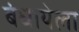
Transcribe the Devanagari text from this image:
बंधायेला